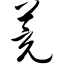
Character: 茺